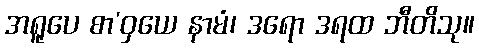
အရူပေ စာ’ဝှယေ နာမံ၊ ဒရော ဒရထ ဘီတိသု။